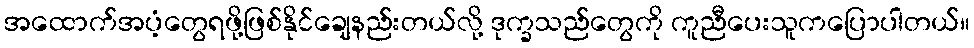
အထောက်အပံ့တွေရဖို့ဖြစ်နိုင်ချေနည်းတယ်လို့ ဒုက္ခသည်တွေကို ကူညီပေးသူကပြောပါတယ်။